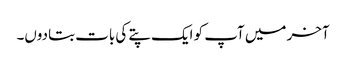
آخر میں آپ کو ایک پتے کی بات بتادوں۔